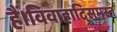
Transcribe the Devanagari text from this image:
हैं।विवाहादिसमस्त